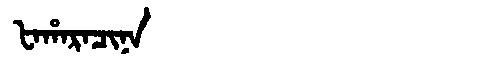
Manchu: ᡶᠠᡥᠠᡵᠠᠴᡳᠨᠠ
Romanization: FAHARACINA